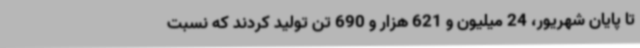
تا پایان شهریور، 24 میلیون و 621 هزار و 690 تن تولید کردند که نسبت